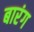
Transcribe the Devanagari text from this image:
बारंग